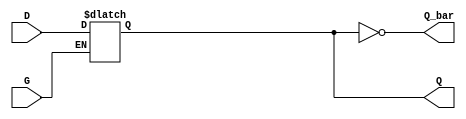
module GatedDLatch (
    input wire D,        // Data Input
    input wire G,        // Gate / Enable Input
    output reg Q,        // Output
    output wire Q_bar    // Complementary Output
);

// Complementary Output
assign Q_bar = ~Q;

// Always block to implement latch functionality
always @(*) begin
    if (G) begin
        // When G is high, Q follows D
        Q = D;
    end
    // When G is low, Q retains its last value
end

endmodule